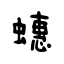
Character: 蟪